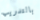
بالتدريب